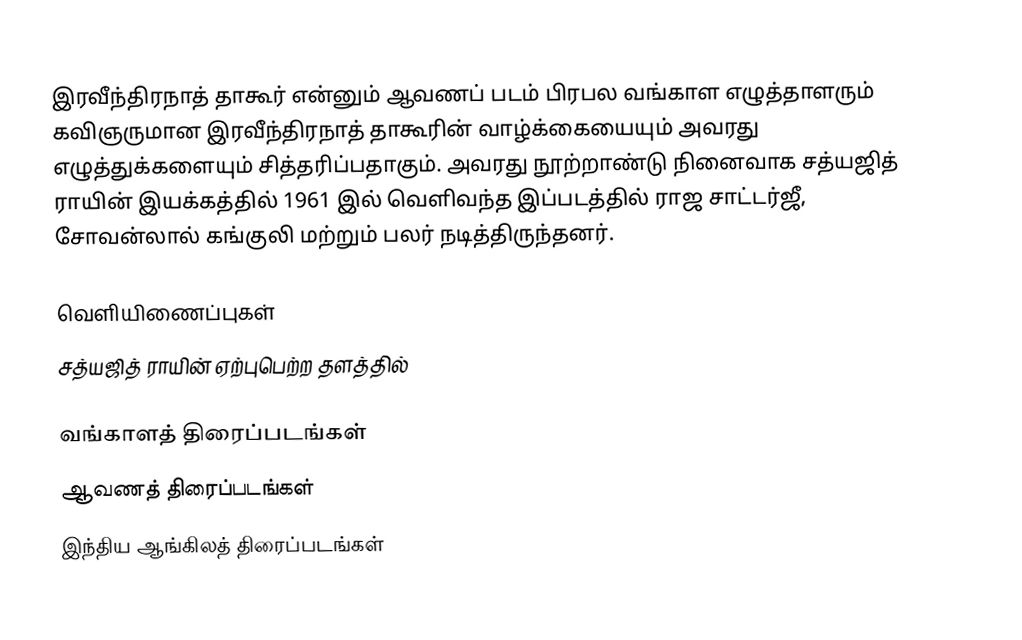
இரவீந்திரநாத் தாகூர் என்னும் ஆவணப் படம் பிரபல வங்காள எழுத்தாளரும் கவிஞருமான இரவீந்திரநாத் தாகூரின் வாழ்க்கையையும் அவரது எழுத்துக்களையும் சித்தரிப்பதாகும். அவரது நூற்றாண்டு நினைவாக சத்யஜித் ராயின் இயக்கத்தில் 1961 இல் வெளிவந்த இப்படத்தில் ராஜ சாட்டர்ஜீ, சோவன்லால் கங்குலி மற்றும் பலர் நடித்திருந்தனர்.

வெளியிணைப்புகள்
சத்யஜித் ராயின் ஏற்புபெற்ற தளத்தில்

வங்காளத் திரைப்படங்கள்
ஆவணத் திரைப்படங்கள்
இந்திய ஆங்கிலத் திரைப்படங்கள்